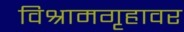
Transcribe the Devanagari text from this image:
विश्रामगृहावर